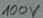
Text: 100V